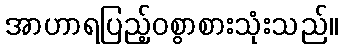
အာဟာရပြည့်ဝစွာစားသုံးသည်။